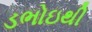
ડભોઇથી